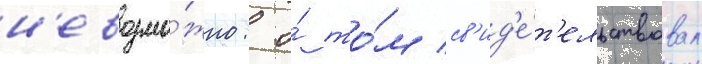
н'евозмо́жно: о́ то́м св'ид'е́т'ельствовал